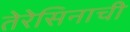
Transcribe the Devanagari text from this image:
तेरेसिनाची